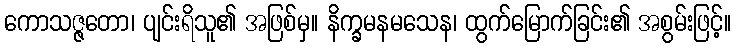
ကောသဇ္ဇတော၊ ပျင်းရိသူ၏ အဖြစ်မှ။ နိက္ခမနမသေန၊ ထွက်မြောက်ခြင်း၏ အစွမ်းဖြင့်။